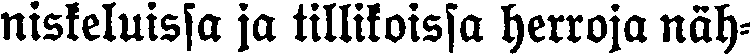
niskeluissa ja tillikoissa herroja näh-